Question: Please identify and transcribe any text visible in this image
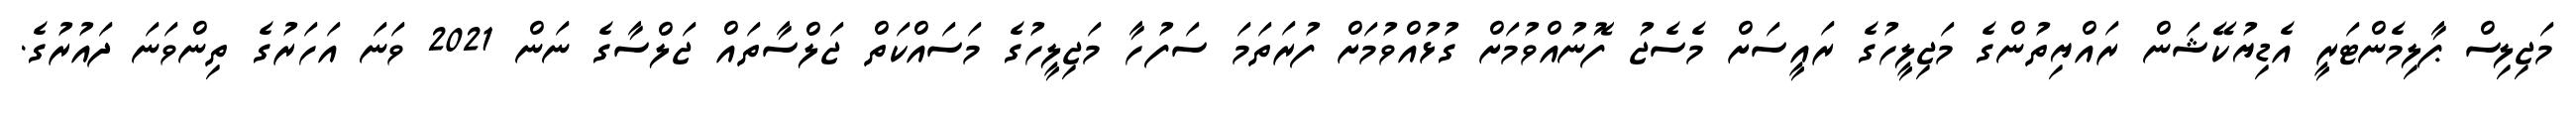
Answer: މަޖިލިސް ޕާލިމެންޓަރީ އެޑިޔުކޭޝަން ރައްޔިތުންގެ މަޖިލީހުގެ ރައީސަށް މެސެޖު ފޮނުއްވުމަށް ގުޅުއްވުމަށް ފުރަތަމަ ސަފުހާ މަޖިލީހުގެ މަސައްކަތް ޖަލްސާތައް ޖަލްސާގެ ނަން 2021 ވަނަ އަހަރުގެ ތިންވަނަ ދައުރުގެ.